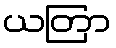
ယတြာ